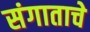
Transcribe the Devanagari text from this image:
संगाताचे